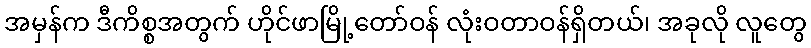
အမှန်က ဒီကိစ္စအတွက် ဟိုင်ဖာမြို့တော်ဝန် လုံးဝတာဝန်ရှိတယ်၊ အခုလို လူတွေ